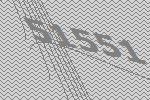
51551